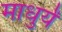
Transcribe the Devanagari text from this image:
माधुर्यं